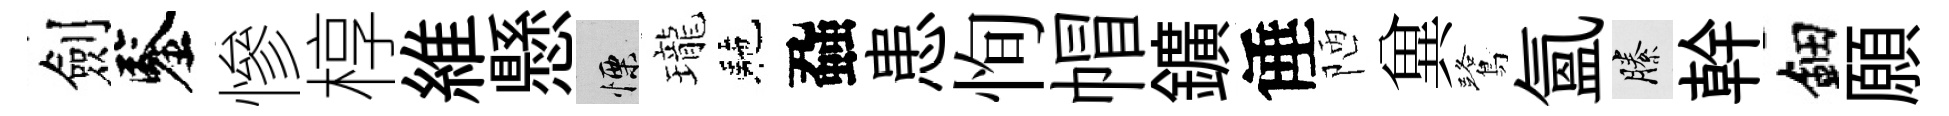
劍鑒慘椁維懸慄瓏駰蝨患恂帽鑛倕陋兾鷺氳縢幹鈿願